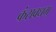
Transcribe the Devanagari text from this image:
कंसवधम्